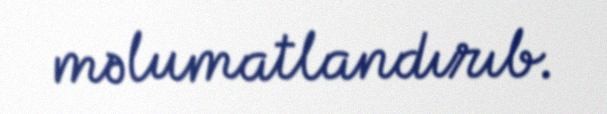
məlumatlandırıb.